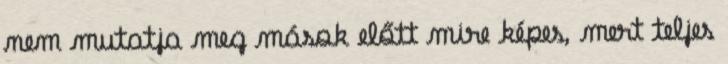
nem mutatja meg mások előtt mire képes, mert teljes